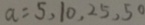
a = 5 , 1 0 , 2 5 , 5 0